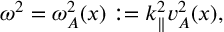
\begin{array} { r } { \omega ^ { 2 } = \omega _ { A } ^ { 2 } ( x ) : = k _ { \parallel } ^ { 2 } v _ { A } ^ { 2 } ( x ) , } \end{array}